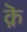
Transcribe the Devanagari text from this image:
क़ॆ